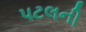
પટલની